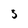
Character: 3